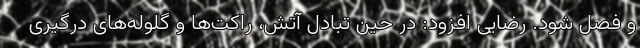
و فصل شود. رضایی افزود: در حین تبادل آتش، راکت‌ها و گلوله‌های درگیری